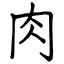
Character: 肉